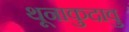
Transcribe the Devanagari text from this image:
थूनाकुदावु